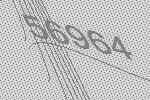
56964